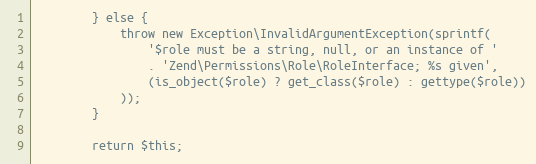
Language: PHP
        } else {
            throw new Exception\InvalidArgumentException(sprintf(
                '$role must be a string, null, or an instance of '
                . 'Zend\Permissions\Role\RoleInterface; %s given',
                (is_object($role) ? get_class($role) : gettype($role))
            ));
        }

        return $this;